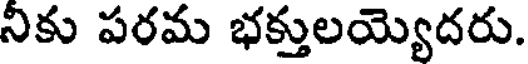
నికు పరమ భక్తులయ్యెదరు.